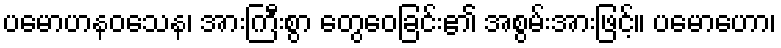
ပမောဟနဝသေန၊ အားကြီးစွာ တွေဝေခြင်း၏ အစွမ်းအားဖြင့်။ ပမောဟော၊